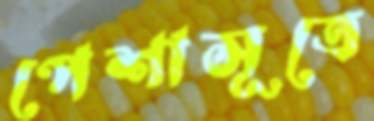
পেশাসূত্রে